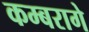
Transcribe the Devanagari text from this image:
कम्बरागे